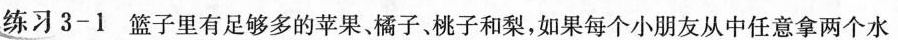
练习3-1篮子里有足够多的苹果、橘子、桃子和梨，如果每个小朋友从中任意拿两个水